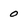
Character: 0